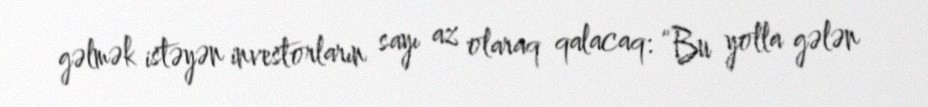
gəlmək istəyən investorların sayı az olaraq qalacaq: “Bu yolla gələn